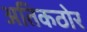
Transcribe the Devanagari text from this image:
अतिकठोर